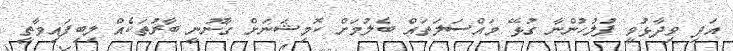
އަދި ވިދާޅުވީ ފުލުހުންނާ ގުޅޭ މައްސަލަތައް ބެލުމަށް ކޮމިޝަނަށް ގާނޫނީ ބާރުތަކެއް ލިބިފައިވާތީ